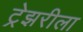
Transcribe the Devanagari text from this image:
ट्रेझरीला